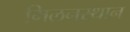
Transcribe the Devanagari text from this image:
मिलनस्थान